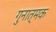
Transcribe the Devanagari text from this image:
गुनात्मक